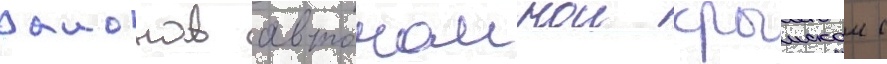
раионов автономнои крымскои с